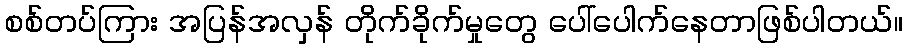
စစ်တပ်ကြား အပြန်အလှန် တိုက်ခိုက်မှုတွေ ပေါ်ပေါက်နေတာဖြစ်ပါတယ်။